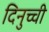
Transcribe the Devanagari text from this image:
दिनुच्ची